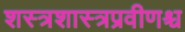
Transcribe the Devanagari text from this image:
शस्त्रशास्त्रप्रवीणश्च